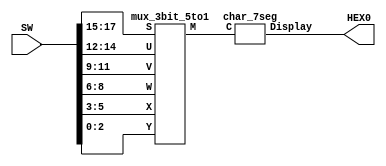
// This is the complete code from Figure 8
module part5 (SW, HEX0);
	input [17:0] SW;		// toggle switches
	output [0:6] HEX0;	// 7-seg displays

	wire [2:0] M;

	// module mux_3bit_5to1 (S, U, V, W, X, Y, M);
	mux_3bit_5to1 M0 (SW[17:15], SW[14:12], SW[11:9], SW[8:6], SW[5:3], SW[2:0], M);

	// module char_7seg (C, Display);
	char_7seg H0 (M, HEX0);
endmodule

// implements a 3-bit wide 5-to-1 multiplexer
module mux_3bit_5to1 (S, U, V, W, X, Y, M);
	input [2:0] S, U, V, W, X, Y;
	output [2:0] M;
	wire [1:3] m_0, m_1, m_2;	// intermediate multiplexers

	// 5-to-1 multiplexer for bit 0
	assign m_0[1] = (!S[0] & U[0]) | (S[0] & V[0]);
	assign m_0[2] = (!S[0] & W[0]) | (S[0] & X[0]);
	assign m_0[3] = (!S[1] & m_0[1]) | (S[1] & m_0[2]);
	assign M[0] = (!S[2] & m_0[3]) | (S[2] & Y[0]); // 5-to-1 multiplexer output

	// 5-to-1 multiplexer for bit 1
	assign m_1[1] = (!S[0] & U[1]) | (S[0] & V[1]);
	assign m_1[2] = (!S[0] & W[1]) | (S[0] & X[1]);
	assign m_1[3] = (!S[1] & m_1[1]) | (S[1] & m_1[2]);
	assign M[1] = (!S[2] & m_1[3]) | (S[2] & Y[1]); // 5-to-1 multiplexer output
	
	// 5-to-1 multiplexer for bit 2
	assign m_2[1] = (!S[0] & U[2]) | (S[0] & V[2]);
	assign m_2[2] = (!S[0] & W[2]) | (S[0] & X[2]);
	assign m_2[3] = (!S[1] & m_2[1]) | (S[1] & m_2[2]);
	assign M[2] = (!S[2] & m_2[3]) | (S[2] & Y[2]); // 5-to-1 multiplexer output
endmodule	

// Converts 3-bit input code on C2-0 into 7-bit code that produces
// a character on a 7-segment display. The conversion is defined by:
// 	 C 2 1 0		Char
// 	----------------
// 	   0 0 0  	'H'
// 		0 0 1		'E'
// 		0 1 0 	'L'
// 		0 1 1		'O'
// 		1 0 0    ' ' Blank
// 		1 0 1    ' ' Blank
// 		1 1 0    ' ' Blank
// 		1 1 1		' ' Blank
//
//    Codes 100, 101, 110 are not used
//
module char_7seg (C, Display);
	input [2:0] C;				// input code
	output [0:6] Display;	// output 7-seg code

	/*
	 *       0  
	 *      ---  
	 *     |   |
	 *    5|   |1
	 *     | 6 |
	 *      ---  
	 *     |   |
	 *    4|   |2
	 *     |   |
	 *      ---  
	 *       3  
	 */
	// the following equations describe display functions in cannonical SOP form
	assign Display[0] = !((!C[2] & !C[1] & C[0]) | (!C[2] & C[1] & C[0])); 
	assign Display[1] = !((!C[2] & !C[1] & !C[0]) | (!C[2] & C[1] & C[0])); 
	assign Display[2] = !((!C[2] & !C[1] & !C[0]) | (!C[2] & C[1] & C[0])); 
	assign Display[3] = !((!C[2] & !C[1] & C[0]) | (!C[2] & C[1] & !C[0]) |
		(!C[2] & C[1] & C[0])); 
	assign Display[4] = !((!C[2] & !C[1] & !C[0]) | (!C[2] & !C[1] & C[0]) | 
		(!C[2] & C[1] & !C[0]) | (!C[2] & C[1] & C[0]));
	assign Display[5] = !((!C[2] & !C[1] & !C[0]) | (!C[2] & !C[1] & C[0]) | 
		(!C[2] & C[1] & !C[0]) | (!C[2] & C[1] & C[0])); 
	assign Display[6] = !((!C[2] & !C[1] & !C[0]) | (!C[2] & !C[1] & C[0]));
endmodule